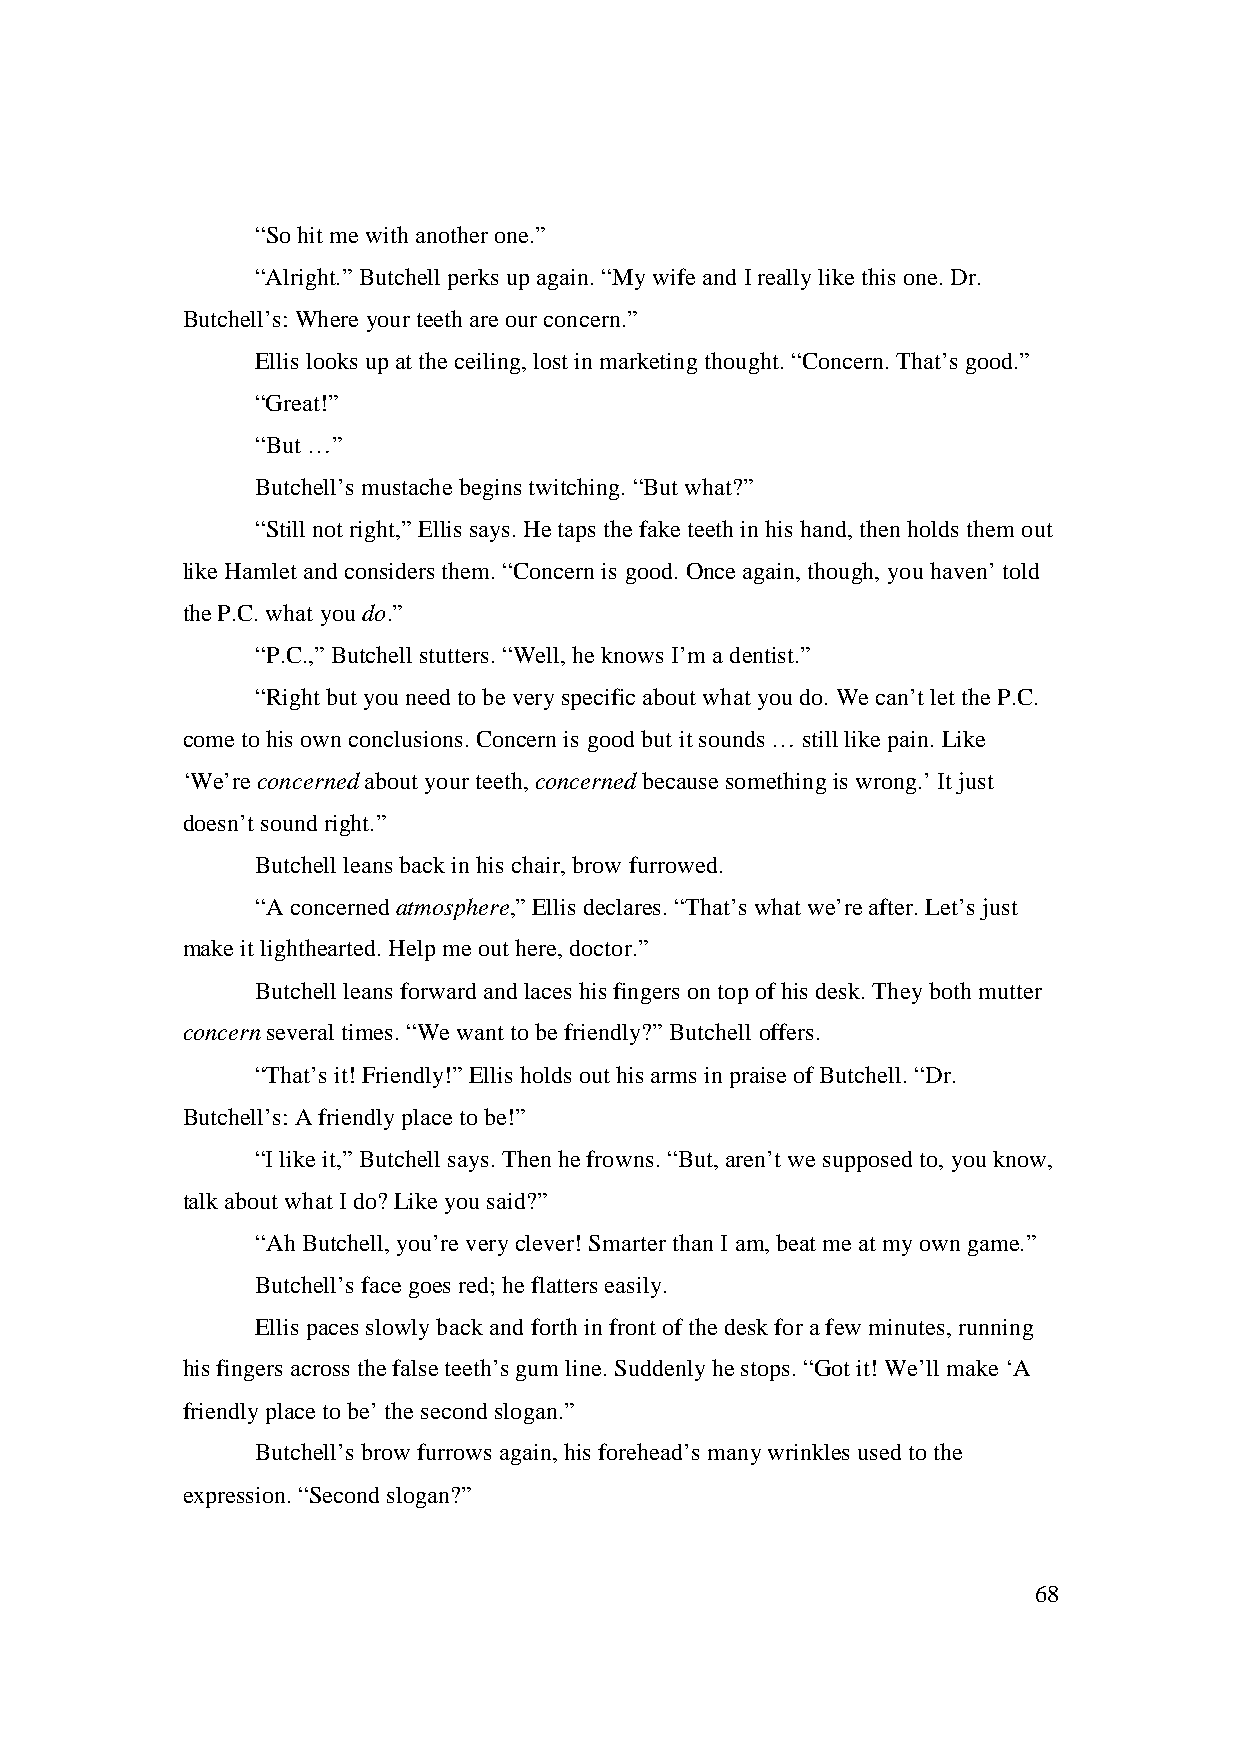
“So hit me with another one.”
 “Alright.” Butchell perks up again. “My wife and I really like this one. Dr.
 Butchell’s: Where your teeth are our concern.”
 Ellis looks up at the ceiling, lost in marketing thought. “Concern. That’s good.”
 “Great!”
 “But …”
 Butchell’s mustache begins twitching. “But what?”
 “Still not right,” Ellis says. He taps the fake teeth in his hand, then holds them out
 like Hamlet and considers them. “Concern is good. Once again, though, you haven’ told
 the P.C. what you do.”
 “P.C.,” Butchell stutters. “Well, he knows I’m a dentist.”
 “Right but you need to be very specific about what you do. We can’t let the P.C.
 come to his own conclusions. Concern is good but it sounds … still like pain. Like
 ‘We’re concerned about your teeth, concerned because something is wrong.’ It just
 doesn’t sound right.”
 Butchell leans back in his chair, brow furrowed.
 “A concerned atmosphere,” Ellis declares. “That’s what we’re after. Let’s just
 make it lighthearted. Help me out here, doctor.”
 Butchell leans forward and laces his fingers on top of his desk. They both mutter
 concern several times. “We want to be friendly?” Butchell offers.
 “That’s it! Friendly!” Ellis holds out his arms in praise of Butchell. “Dr.
 Butchell’s: A friendly place to be!”
 “I like it,” Butchell says. Then he frowns. “But, aren’t we supposed to, you know,
 talk about what I do? Like you said?”
 “Ah Butchell, you’re very clever! Smarter than I am, beat me at my own game.”
 Butchell’s face goes red; he flatters easily.
 Ellis paces slowly back and forth in front of the desk for a few minutes, running
 his fingers across the false teeth’s gum line. Suddenly he stops. “Got it! We’ll make ‘A
 friendly place to be’ the second slogan.”
 Butchell’s brow furrows again, his forehead’s many wrinkles used to the
 expression. “Second slogan?”
 68